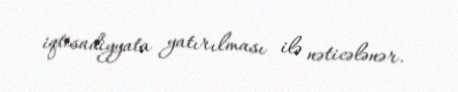
iqtisadiyyata yatırılması ilə nəticələnər.